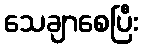
သေချာစေပြီး